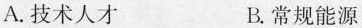
A.技术人才 B.常规能源